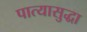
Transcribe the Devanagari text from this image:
पात्यासुद्धा